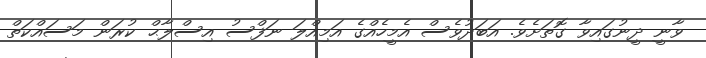
ވާނީ ދީނުގައިވާ ގޮތަށެވެ. އަބަދުވެސް އެމީހެއްގެ އަމިއްލަ ނަފްސު އިސްލާޙް ކުރަން މަސައްކަތް